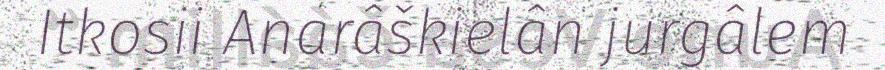
Itkosii Anarâškielân jurgâlem